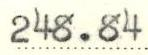
248.84